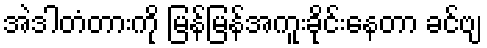
အဲဒါတံတားကို မြန်မြန်အကူးခိုင်းနေတာ ခင်ဗျ